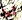
أين